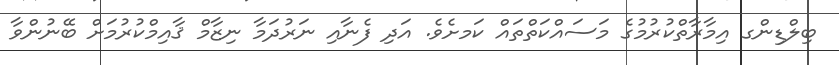
ބިލްޑިންގ އިމާރާތްކުރުމުގެ މަސައްކަތްތައް ކަަމށެވެ. އަދި ފެނާއި ނަރުދަމާ ނިޒާމް ޤާއިމްކުރުމަށް ބޭނުންވާ